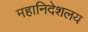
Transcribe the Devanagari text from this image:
महानिदेशलय